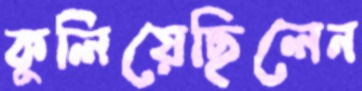
কুলিয়েছিলেন